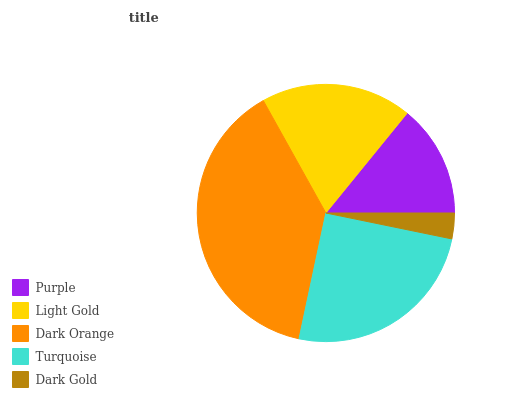
| Purple | Light Gold | Dark Orange | Turquoise | Dark Gold |
 | --- | --- | --- | --- | --- |
 | 14.1% | 18.9% | 38.5% | 25.2% | 3.23% |